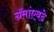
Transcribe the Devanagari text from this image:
ग्रॅमांएवढे